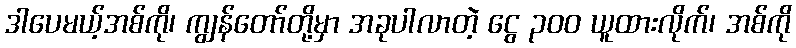
ဒါပေမယ့်အစ်ကို၊ ကျွန်တော်တို့မှာ အခုပါလာတဲ့ ငွေ ၃၀၀ ယူထားလိုက်၊ အစ်ကို